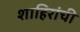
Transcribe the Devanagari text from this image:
शाहिरांची